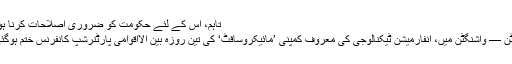
تاہم، اس کے لئے حکومت کو ضروری اصلاحات کرنا ہوں گی
واشنگٹن — واشنگٹن میں، انفارمیشن ٹیکنالوجی کی معروف کمپنی ’مائیکروسافٹ‘ کی تین روزہ بین الااقوامی پارٹنرشپ کانفرنس ختم ہوگئی ہے۔